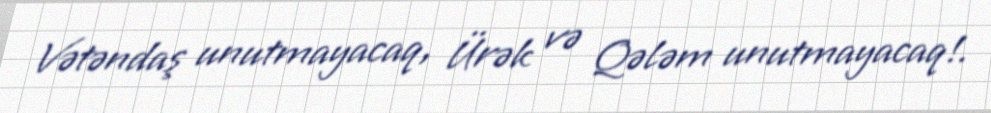
Vətəndaş unutmayacaq, Ürək və Qələm unutmayacaq!.